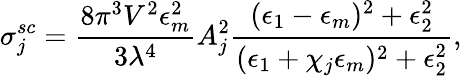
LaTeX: \sigma_{j}^{sc}=\frac{8\pi^{3}V^{2}\epsilon_{m}^{2}}{3\lambda^{4}}A_{j}^{2}\frac{(\epsilon_{1}-\epsilon_{m})^{2}+\epsilon_{2}^{2}}{(\epsilon_{1}+\chi_{j}\epsilon_{m})^{2}+\epsilon_{2}^{2}},